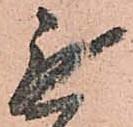
無